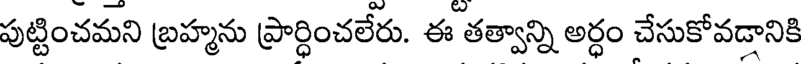
పుట్టించమని బ్రహ్మను ప్రార్ధించలేరు. ఈ తత్వాన్ని అర్ధం చేసుకోవడానికి